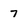
Character: 7